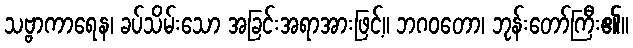
သဗ္ဗာကာရေန၊ ခပ်သိမ်းသော အခြင်းအရာအားဖြင့်။ ဘဂဝတော၊ ဘုန်းတော်ကြီး၏။